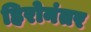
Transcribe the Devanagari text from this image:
हिरोनंतर